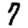
Digit: 7